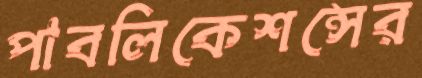
পাবলিকেশন্সের